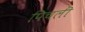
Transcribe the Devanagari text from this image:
पिचली